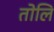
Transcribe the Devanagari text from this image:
तोलि